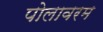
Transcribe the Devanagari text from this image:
पोलावरम